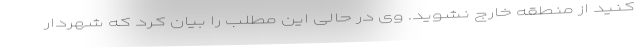
کنید از منطقه خارج نشوید. وی در حالی این مطلب را بیان کرد که شهردار